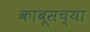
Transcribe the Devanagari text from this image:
काबूसच्या